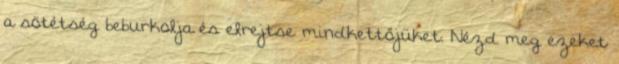
a sötétség beburkolja és elrejtse mindkettőjüket. Nézd meg ezeket